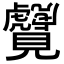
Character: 𬢆